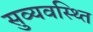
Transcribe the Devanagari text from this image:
सुव्यवस्थ्ति